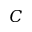
C